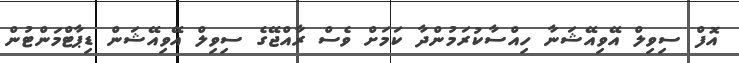
އޮފް ސިވިލް އޭވިއޭޝަނާ ހިއްސާކުރަމުންދާ ކަމަށް ވެސް ރާއްޖޭގެ ސިވިލް އޭވިއޭޝަން ޑިޕާޓްމަންޓުން